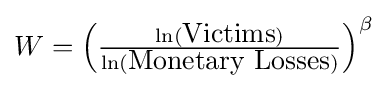
W=\left({\tfrac {\ln({\hbox{Victims}})}{\ln({\hbox{Monetary Losses}})}}\right)^{\beta }